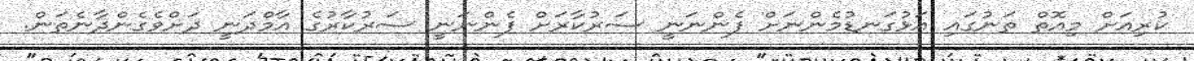
ކުރިއަށް މިއޮތް ތަނުގައި އަޅުގަނޑުމެންނަށް ފެންނަނީ ސަރުކާރަށް ފެންނަނީ ސަރުކާރުގެ އާމްދަނީ ދަށްވެގެންދާނެތަން.